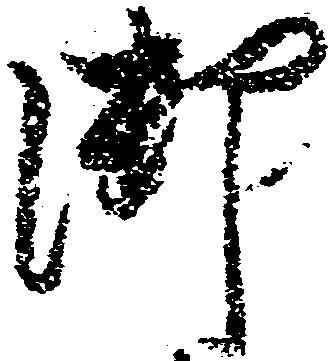
御